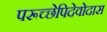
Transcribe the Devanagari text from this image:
परूच्छेपिदेवोदास